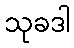
သုခဒါ